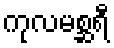
ကုလမစ္ဆရီ